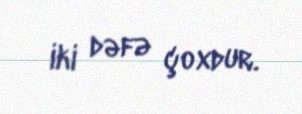
iki dəfə çoxdur.